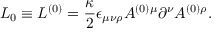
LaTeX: { \cal L } _ { 0 } \equiv { \cal L } ^ { ( 0 ) } = \frac { \kappa } { 2 } \epsilon _ { \mu \nu \rho } A ^ { ( 0 ) \mu } \partial ^ { \nu } A ^ { ( 0 ) \rho } .